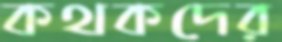
কথকদের